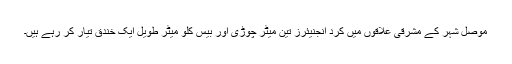
موصل شہر کے مشرقی علاقوں میں کرد انجنیئرز تین میٹر چوڑی اور بیس کلو میٹر طویل ایک خندق تیار کر رہے ہیں۔